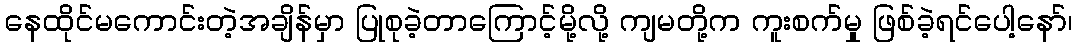
နေထိုင်မကောင်းတဲ့အချိန်မှာ ပြုစုခဲ့တာကြောင့်မို့လို့ ကျမတို့က ကူးစက်မှု ဖြစ်ခဲ့ရင်ပေါ့နော်၊